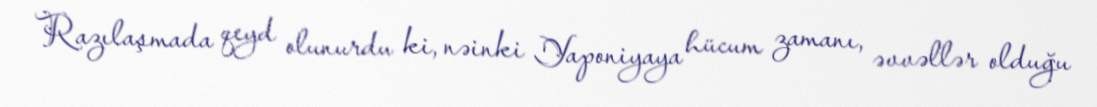
Razılaşmada qeyd olunurdu ki, nəinki Yaponiyaya hücum zamanı, əvvəllər olduğu